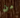
من